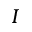
I